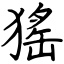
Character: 猺